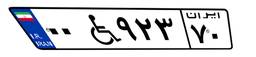
۲۱W۷۹۳۶۳